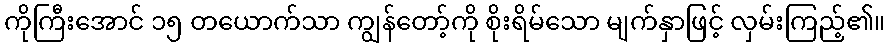
ကိုကြီးအောင် ၁၅ တယောက်သာ ကျွန်တော့်ကို စိုးရိမ်သော မျက်နှာဖြင့် လှမ်းကြည့်၏။